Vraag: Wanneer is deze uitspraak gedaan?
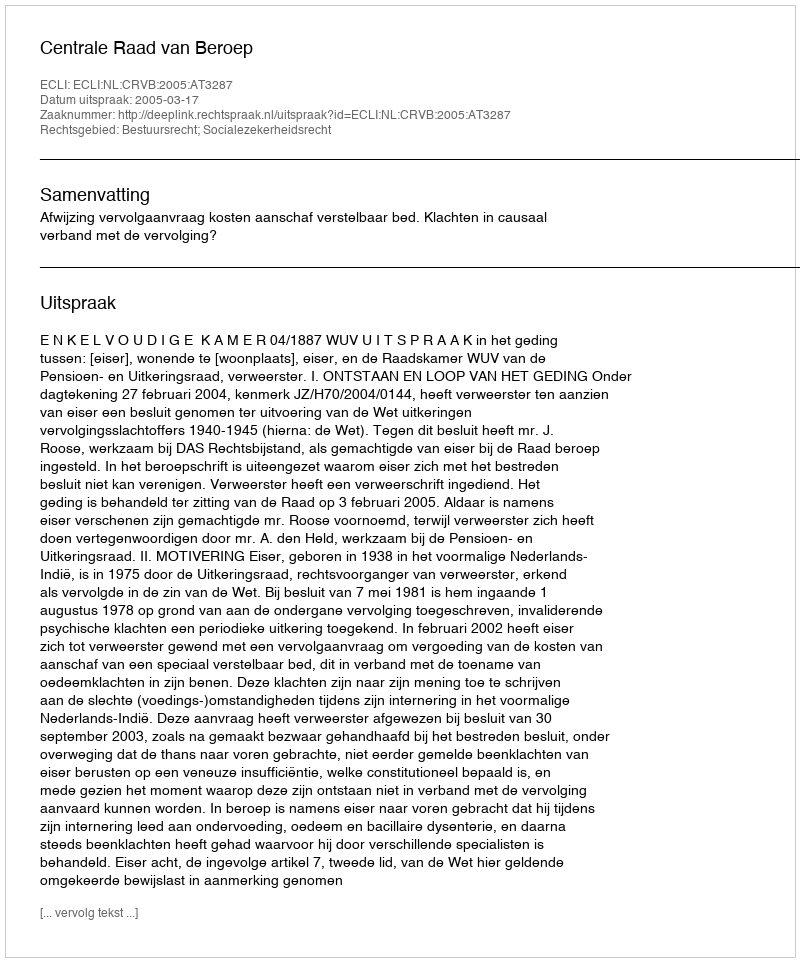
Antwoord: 2005-03-17